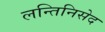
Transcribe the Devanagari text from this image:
लन्तिनिसेद